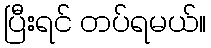
ပြီးရင် တပ်ရမယ်။